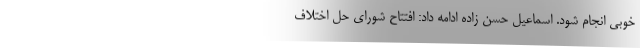
خوبی انجام شود. اسماعیل حسن زاده ادامه داد: افتتاح شورای حل اختلاف